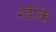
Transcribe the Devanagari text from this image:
रंडीके